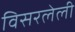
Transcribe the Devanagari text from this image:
विसरलेली